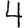
Digit: 4